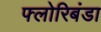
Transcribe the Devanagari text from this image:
फ्लोरिबंडा